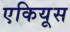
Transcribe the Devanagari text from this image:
एकियूस